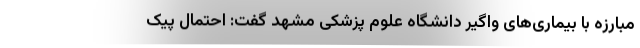
مبارزه با بیماری‌های واگیر دانشگاه علوم پزشکی مشهد گفت: احتمال پیک